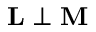
\mathbf { L } \perp \mathbf { M }